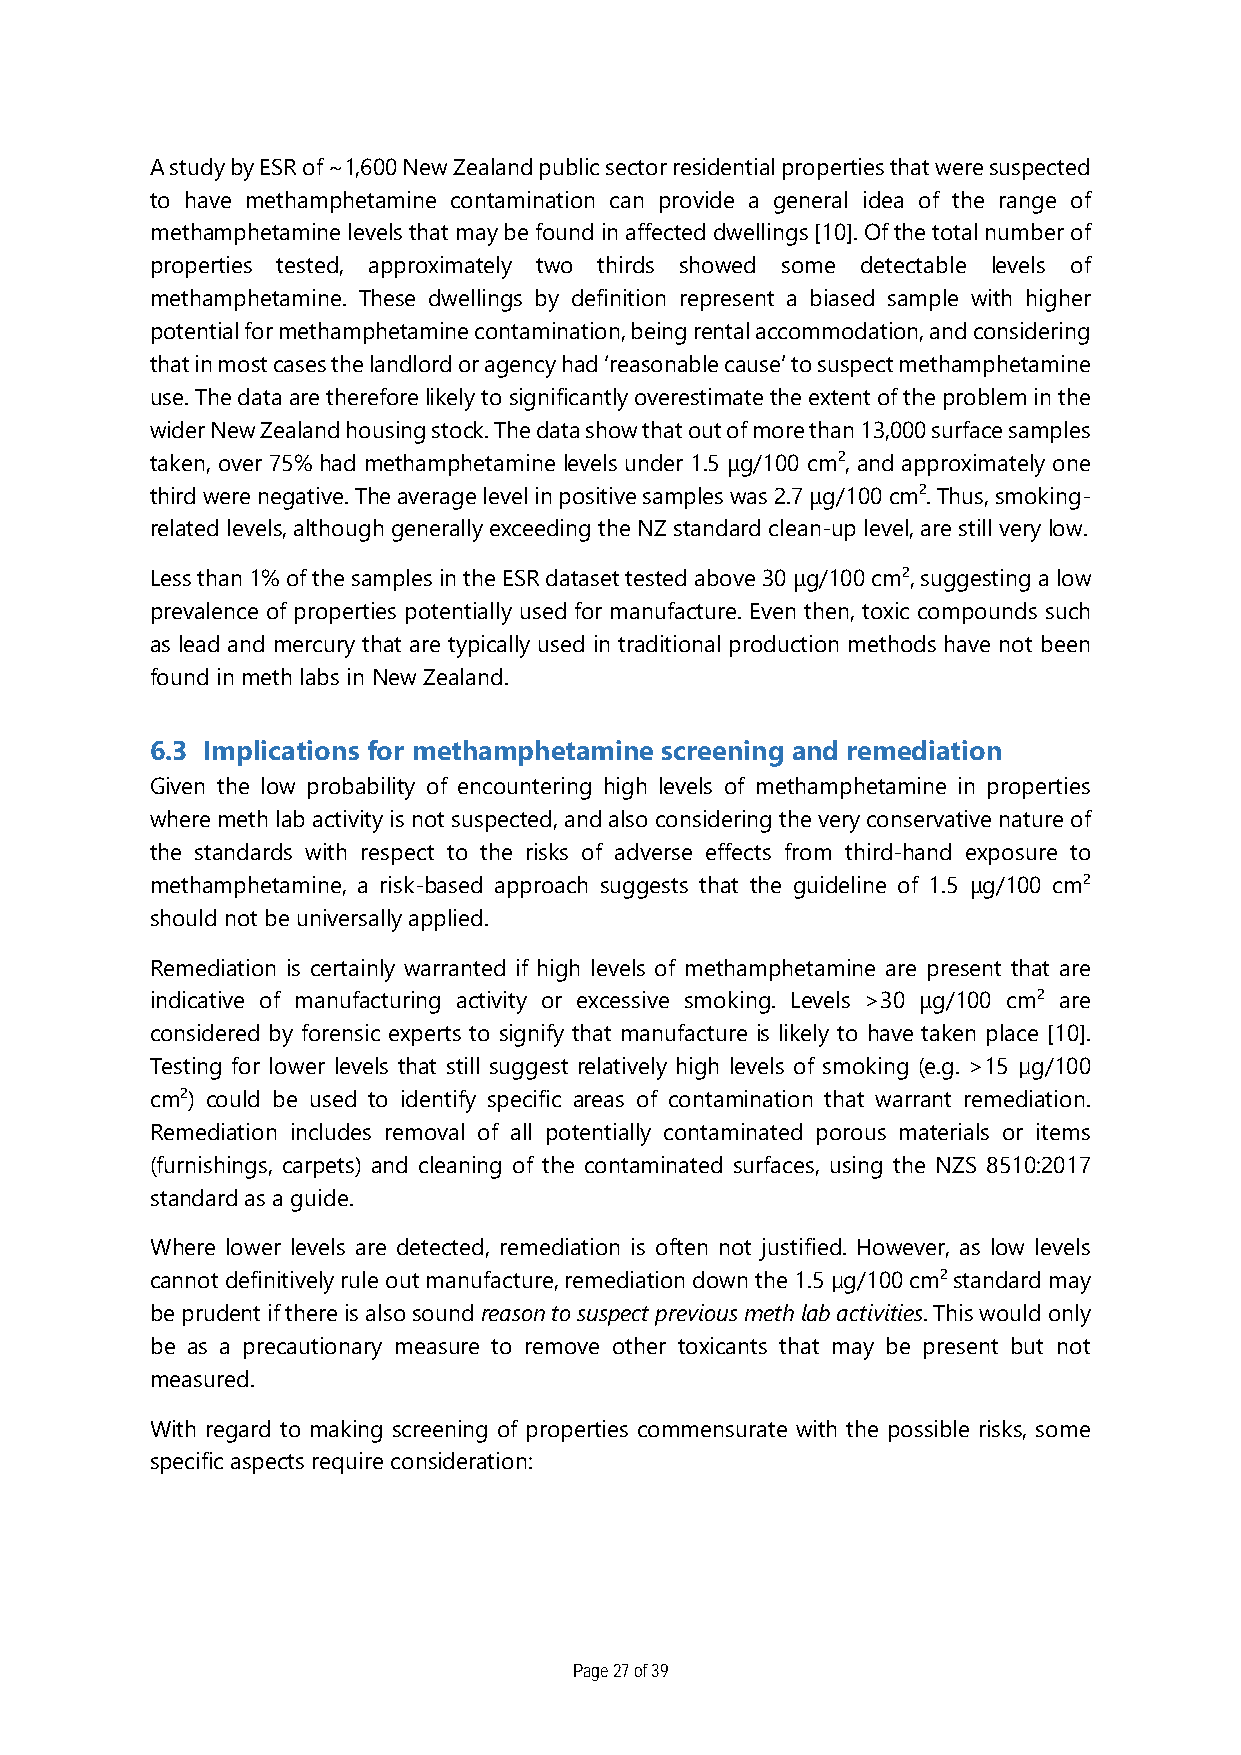
A study by ESR of ~1,600 New Zealand public sector residential properties that were suspected
 to have methamphetamine contamination can provide a general idea of the range of
 methamphetamine levels that may be found in affected dwellings [10]. Of the total number of
 properties tested, approximately two thirds showed some detectable levels of
 methamphetamine. These dwellings by definition represent a biased sample with higher
 potential for methamphetamine contamination, being rental accommodation, and considering
 that in most cases the landlord or agency had ‘reasonable cause’ to suspect methamphetamine
 use. The data are therefore likely to significantly overestimate the extent of the problem in the
 wider New Zealand housing stock. The data show that out of more than 13,000 surface samples
 taken, over 75% had methamphetamine levels under 1.5 μg/100 cm2, and approximately one
 third were negative. The average level in positive samples was 2.7 μg/100 cm2. Thus, smoking-
 related levels, although generally exceeding the NZ standard clean-up level, are still very low.
 Less than 1% of the samples in the ESR dataset tested above 30 μg/100 cm2, suggesting a low
 prevalence of properties potentially used for manufacture. Even then, toxic compounds such
 as lead and mercury that are typically used in traditional production methods have not been
 found in meth labs in New Zealand.
 6.3 Implications for methamphetamine screening and remediation
 Given the low probability of encountering high levels of methamphetamine in properties
 where meth lab activity is not suspected, and also considering the very conservative nature of
 the standards with respect to the risks of adverse effects from third-hand exposure to
 methamphetamine, a risk-based approach suggests that the guideline of 1.5 μg/100 cm2
 should not be universally applied.
 Remediation is certainly warranted if high levels of methamphetamine are present that are
 indicative of manufacturing activity or excessive smoking. Levels >30 μg/100 cm2 are
 considered by forensic experts to signify that manufacture is likely to have taken place [10].
 Testing for lower levels that still suggest relatively high levels of smoking (e.g. >15 µg/100
 cm2) could be used to identify specific areas of contamination that warrant remediation.
 Remediation includes removal of all potentially contaminated porous materials or items
 (furnishings, carpets) and cleaning of the contaminated surfaces, using the NZS 8510:2017
 standard as a guide.
 Where lower levels are detected, remediation is often not justified. However, as low levels
 cannot definitively rule out manufacture, remediation down the 1.5 µg/100 cm2 standard may
 be prudent if there is also sound reason to suspect previous meth lab activities. This would only
 be as a precautionary measure to remove other toxicants that may be present but not
 measured.
 With regard to making screening of properties commensurate with the possible risks, some
 specific aspects require consideration:
 Page 27 of 39